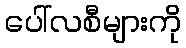
ပေါ်လစီများကို